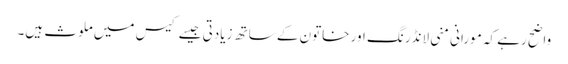
واضح رہے کہ مورانی منی لانڈرنگ اور خاتون کے ساتھ زیادتی جیسے کیس میں ملوث ہیں۔